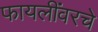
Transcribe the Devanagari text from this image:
फायलींवरचे